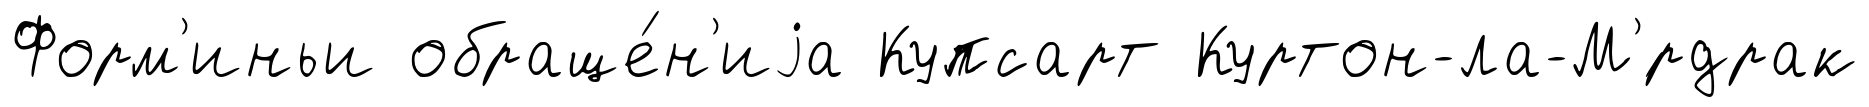
Форм'иньи обраще́н'иjа Купсарт Куртон-ла-М'́рдрак